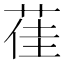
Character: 龿